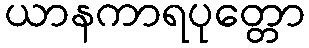
ယာနကာရပုတ္တော